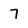
Character: 7